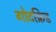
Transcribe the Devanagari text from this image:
गोटफ्रिड